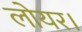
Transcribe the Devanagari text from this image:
लोयर।